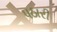
પઠારી